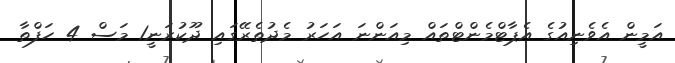
އަމީން އެވެނިއުގެ އެޕާޓްމެންޓްތައް މިއަންނަ އަހަރު މެދުތެރޭގައި ދޫކުރަނީ1 މަސް 4 ހަފްތާ